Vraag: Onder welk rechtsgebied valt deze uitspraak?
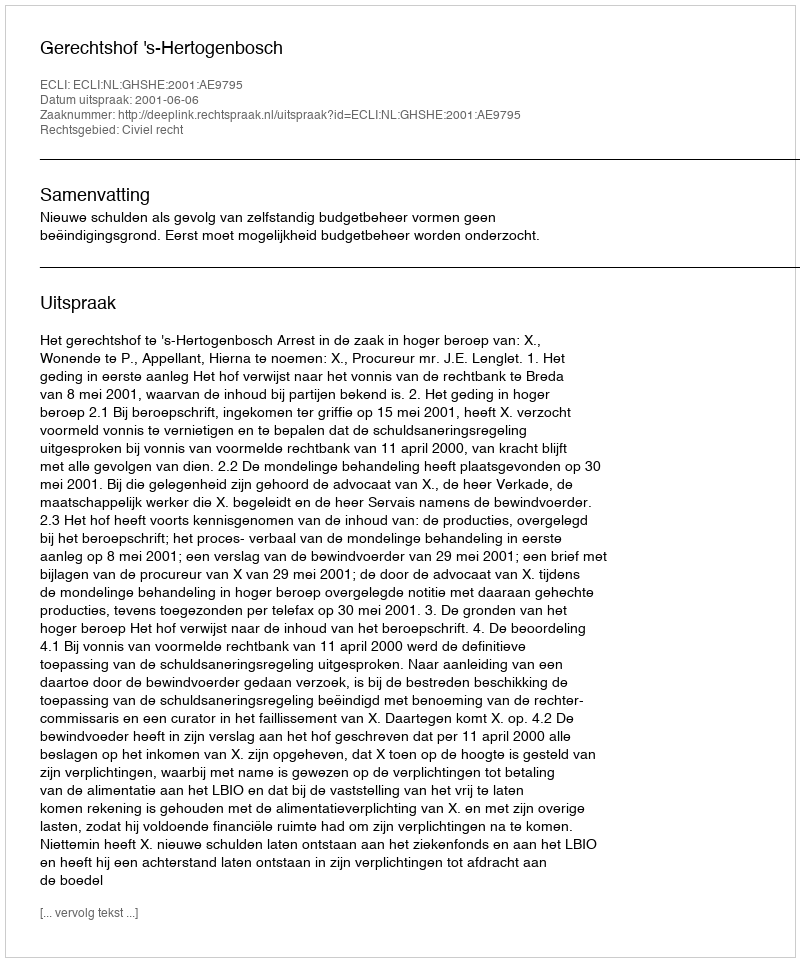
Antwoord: Civiel recht